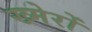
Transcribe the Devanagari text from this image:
ख्मेरों